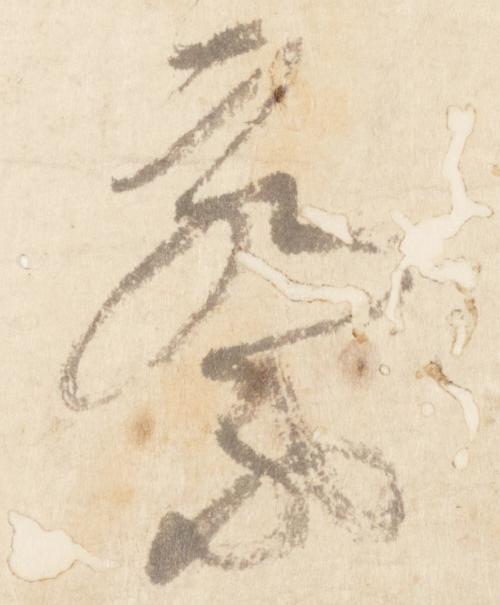
察